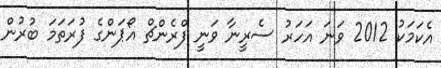
އެކަމަކު 2012 ވަނަ އަހަރު ސެރީނާ ވަނީ ފްރެންޗް އޯޕަންގެ ފުރަތަމަ ބުރުން